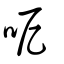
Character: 呝